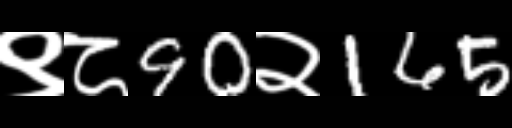
Text: ९८90२165